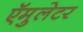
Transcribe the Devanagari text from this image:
ऍमुलेटर